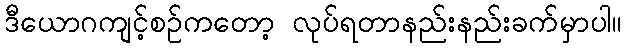
ဒီယောဂကျင့်စဉ်ကတော့ လုပ်ရတာနည်းနည်းခက်မှာပါ။